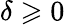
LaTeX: \delta\geqslant 0